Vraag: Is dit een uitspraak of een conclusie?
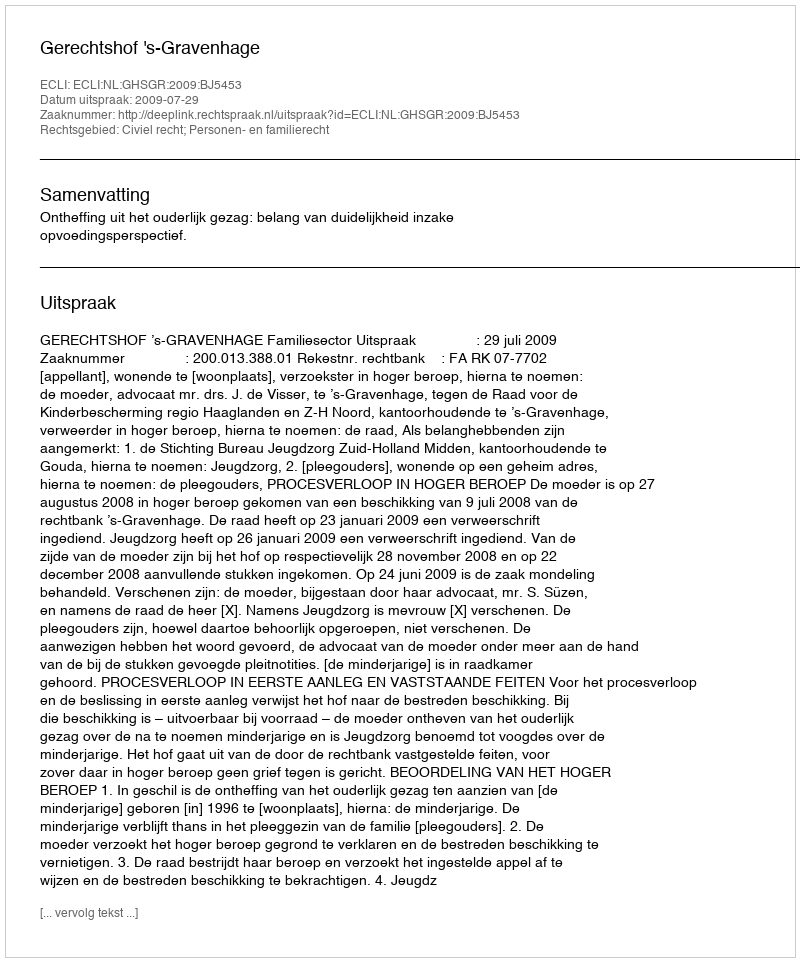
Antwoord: Uitspraak